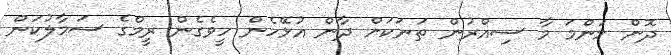
ދޮން މަންމަ މާ ސިއްރުން ތަނަކަށް ދާން އުޅޭހެން ހީވެގެން ރީމްގެ ސަމާލުކަން